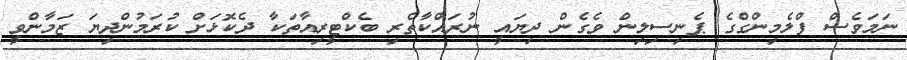
ނަމަވެސް ފްލެމިންގްގެ ޕެނިސިލިން ވެގެން ދިޔައީ ނުރައްކާތެރި ބެކްޓީރިއާތަކާ ދެކޮޅަށް ކުރަމުންދިޔަ ޒަމާންވީ